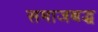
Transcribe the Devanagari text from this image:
समाजबद्ध